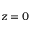
z = 0